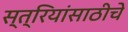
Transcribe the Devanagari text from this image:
स्त्रियांसाठीचे